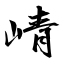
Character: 崝